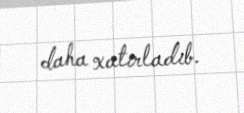
daha xatırladıb.